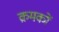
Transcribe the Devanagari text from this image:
क्रमकों